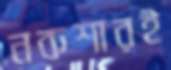
নকশারই